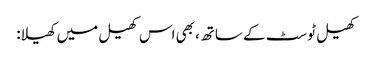
کھیل ٹوسٹ کے ساتھ، بھی اس کھیل میں کھیلا: